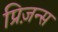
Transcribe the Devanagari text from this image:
प्रिज़न्स